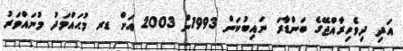
އަދި ދިވެހިރާއްޖޭގެ ބަންޑާރަ ނައިބުކަން 1993ން 2003 އަށް ޑރ މުޙައްމަދު މުނައްވަރު